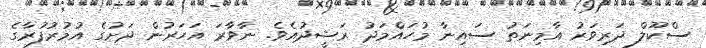
ސްކޫލް ދަރިވަރު އާމިނަތު ސައިނާ މުހައްމަދު ރަޝީދުއެވެ. ނާވާރަ އަހަރުން ދަށުގެ އުމުރުފުރާގެ